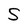
Character: S